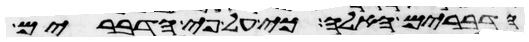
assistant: הדברים האלה כי על פי הדברים